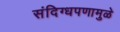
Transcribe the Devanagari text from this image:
संदिग्धपणामुळे